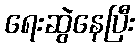
ရေးဆွဲနေပြီး